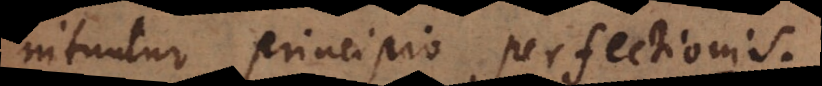
nituntur principio perfectionis.